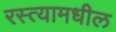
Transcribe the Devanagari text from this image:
रस्त्यामधील